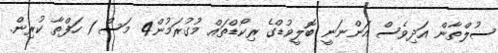
ސުލްތާން އަދިވެސް އަންނަނީ ބޮލީވުޑްގެ ރިކޯޑްތައް މުގުރަމުން4 މަސް 1 ހަފްތާ ކުރިން.